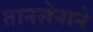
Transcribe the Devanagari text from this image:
तानसेनाने